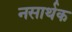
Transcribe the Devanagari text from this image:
नसार्थक